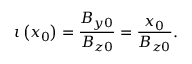
\iota \left( x _ { 0 } \right) = \frac { B _ { y 0 } } { B _ { z 0 } } = \frac { x _ { 0 } } { B _ { z 0 } } .